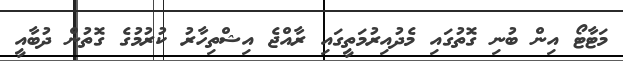
މަޓާޓޯ އިން ބުނި ގޮތުގައި މެދުއިރުމަތީގައި ރާއްޖެ އިޝްތިހާރު ކުރުމުގެ ގޮތުން ދުބާއީ